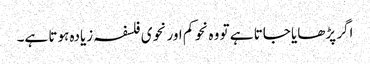
اگر پڑھایا جاتا ہے تو وہ نحو کم اور نحوی فلسفہ زیادہ ہوتا ہے۔